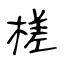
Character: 槎